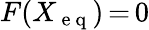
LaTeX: F(X_{\mathrm{~e~q~}})\mathop{=}0